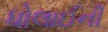
ધોલાઈની